Insane asylums Bombay 1873-77 - 1873-1877
Year: 1873
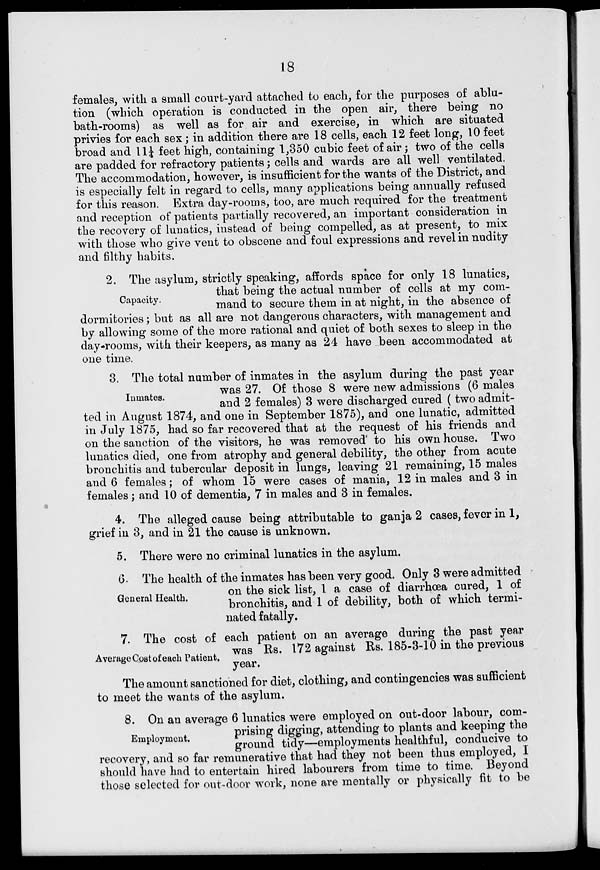
18
females, with a small court-yard attached to each, for the purposes of ablu-
tion (which operation is conducted in the open air, there being no
bath-rooms) as well as for air and exercise, in which are situated
privies for each sex; in addition there are 18 cells, each 12 feet long, 10 feet
broad and 11¼ feet high, containing 1,350 cubic feet of air; two of the cells
are padded for refractory patients ; cells and wards are all well ventilated.
The accommodation, however, is insufficient for the wants of the District, and
is especially felt in regard to cells, many applications being annually refused
for this reason. Extra day-rooms, too, are much required for the treatment
and reception of patients partially recovered, an important consideration in
the recovery of lunatics, instead of being compelled, as at present, to mix
with those who give vent to obscene and foul expressions and revel in nudity
and filthy habits.
Capacity.
2. The asylum, strictly speaking, affords space for only 18 lunatics,
that being the actual number of cells at my com-
mand to secure them in at night, in the absence of
dormitories; but as all are not dangerous characters, with management and
by allowing some of the more rational and quiet of both sexes to sleep in the
day-rooms, with their keepers, as many as 24 have been accommodated at
one time.
Inmates.
3. The total number of inmates in the asylum during the past year
was 27. Of those 8 were new admissions (6 males
and 2 females) 3 were discharged cured (two admit-
ted in August 1874, and one in September 1875), and one lunatic, admitted
in July 1875, had so far recovered that at the request of his friends and
on the sanction of the visitors, he was removed to his own house. Two
lunatics died, one from atrophy and general debility, the other from acute
bronchitis and tubercular deposit in lungs, leaving 21 remaining, 15 males
and 6 females; of whom 15 were cases of mania, 12 in males and 3 in
females; and 10 of dementia, 7 in males and 3 in females.
4. The alleged cause being attributable to ganja 2 cases, fever in 1,
grief in 3, and in 21 the cause is unknown.
5. There were no criminal lunatics in the asylum.
General Health.
6. The health of the inmates has been very good. Only 3 were admitted
on the sick list, 1 a case of diarrhœa cured, 1 of
bronchitis, and 1 of debility, both of which termi-
nated fatally.
Average Cost of each Patient.
7. The cost of each patient on an average during the past year
was Rs. 172 against Rs. 185-3-10 in the previous
year.
The amount sanctioned for diet, clothing, and contingencies was sufficient
to meet the wants of the asylum.
Employment.
8. On an average 6 lunatics were employed on out-door labour, com-
prising digging, attending to plants and keeping the
ground tidy—employments healthful, conducive to
recovery, and so far remunerative that had they not been thus employed, I
should have had to entertain hired labourers from time to time. Beyond
those selected for out-door work, none are mentally or physically fit to be